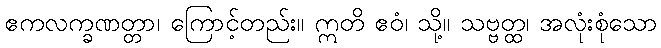
ဧကလက္ခဏတ္တာ၊ ကြောင့်တည်း။ ဣတိ ဧဝံ၊ သို့။ သဗ္ဗတ္ထ၊ အလုံးစုံသော